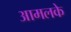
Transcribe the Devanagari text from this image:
आमलके